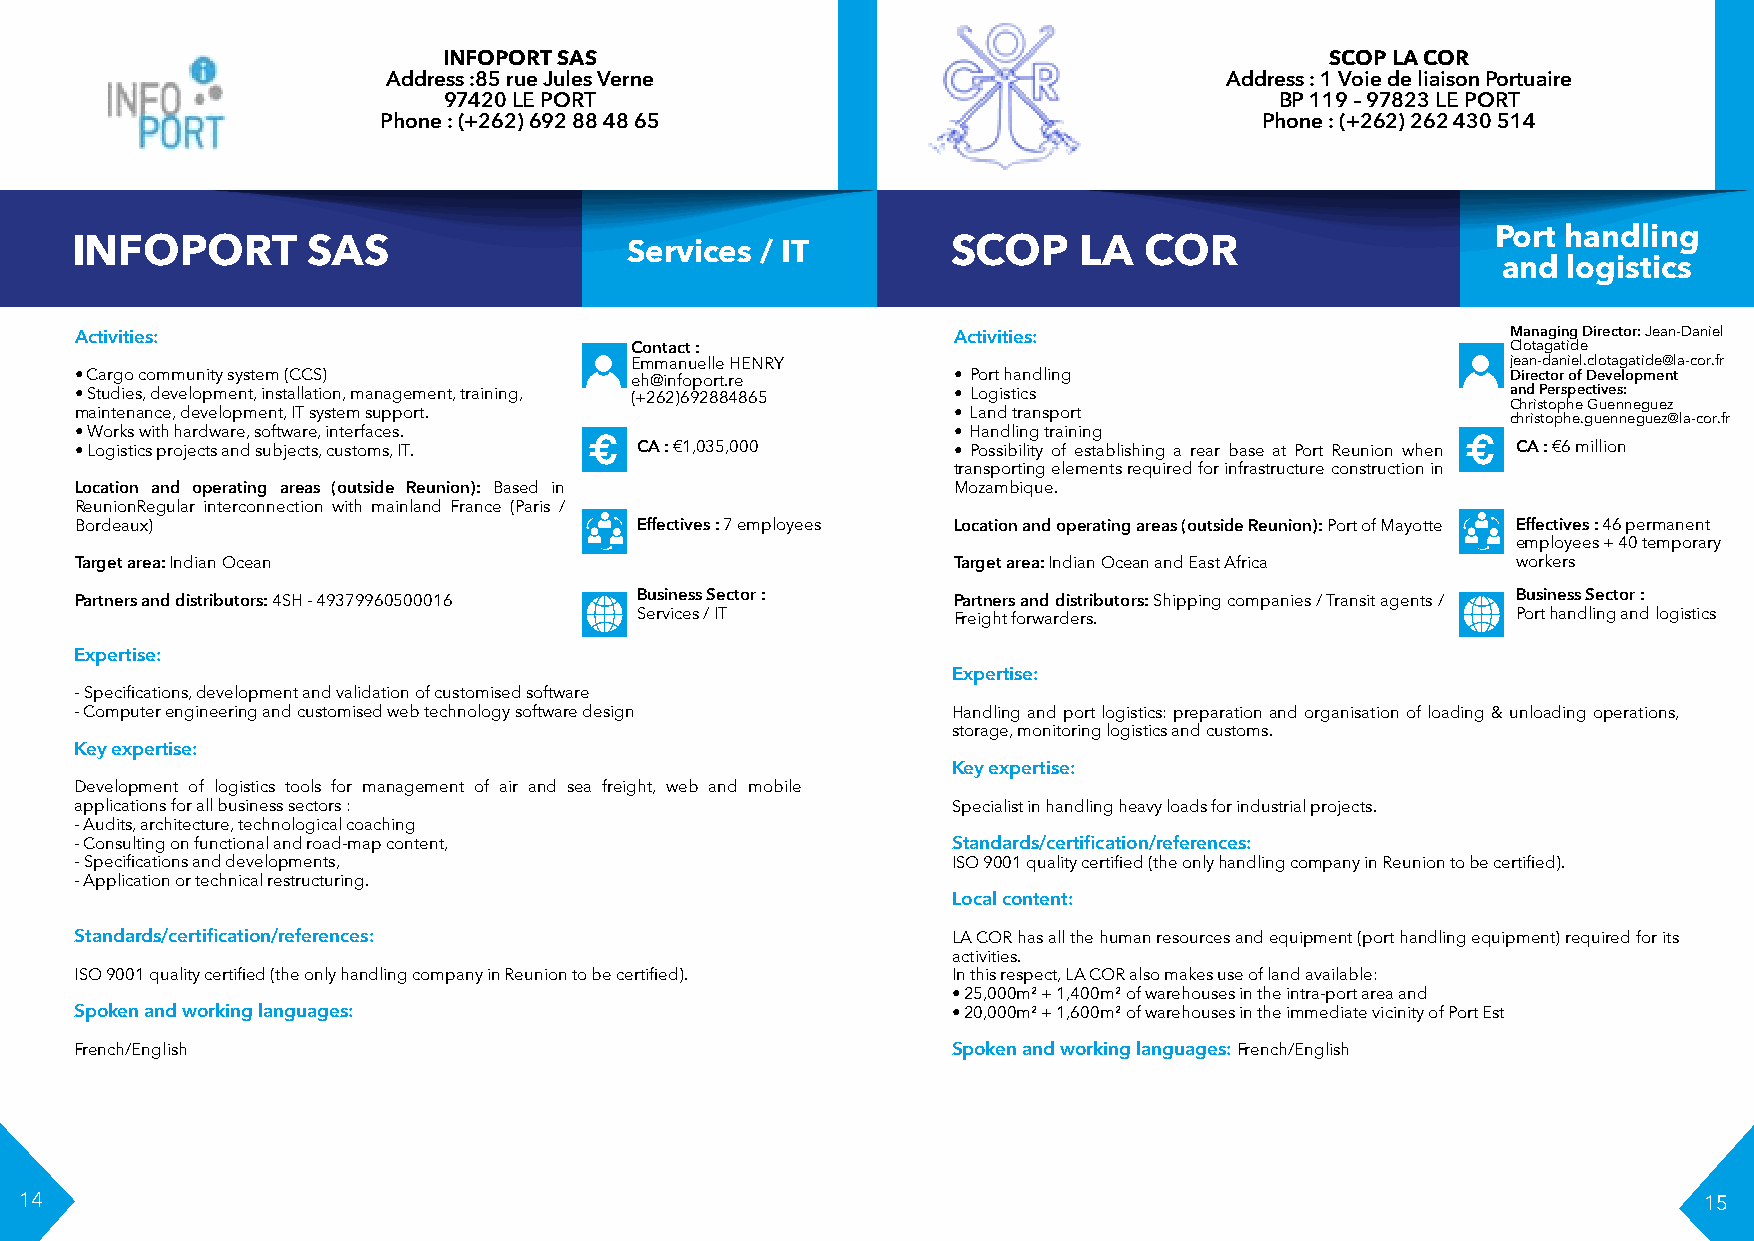
INFOPORT SAS                                               SCOP LA COR
 Address :85 rue Jules Verne                            Address : 1 Voie de liaison Portuaire
 97420 LE PORT                                           BP 119 – 97823 LE PORT
 Phone : (+262) 692 88 48 65                                Phone : (+262) 262 430 514
 Port handling
 INFOPORT       SAS                   Services / IT        SCOP     LA  COR
 and  logistics
 Activities:                                               Activities:                          Managing Director: Jean-Daniel
 Contact :                                                 Clotagatide
 Emmanuelle HENRY                                          jean-daniel.clotagatide@la-cor.fr
 • Cargo community system (CCS)       eh@infoport.re       • Port handling                      Director of Development
 • Studies, development, installation, management, training, (+262)692884865 • Logistics        and Perspectives:
 Christophe Guenneguez
 maintenance, development, IT system support.              • Land transport
 christophe.guenneguez@la-cor.fr
 • Works with hardware, software, interfaces.              • Handling training
 • Logistics projects and subjects, customs, IT. € CA : €1,035,000 • Possibility of establishing a rear base at Port Reunion when € CA : €6 million
 transporting elements required for infrastructure construction in
 Location and operating areas (outside Reunion): Based in  Mozambique.
 ReunionRegular interconnection with mainland France (Paris /
 Bordeaux)                            Effectives : 7 employees Location and operating areas (outside Reunion): Port of Mayotte Effectives : 46 permanent
 employees + 40 temporary
 Target area: Indian Ocean                                 Target area: Indian Ocean and East Africa workers
 Partners and distributors: 4SH - 49379960500016 Business Sector : Partners and distributors: Shipping companies / Transit agents / Business Sector :
 Services / IT        Freight forwarders.                  Port handling and logistics
 Expertise:
 Expertise:
 - Specifications, development and validation of customised software
 - Computer engineering and customised web technology software design Handling and port logistics: preparation and organisation of loading & unloading operations,
 storage, monitoring logistics and customs.
 Key expertise:
 Key expertise:
 Development of logistics tools for management of air and sea freight, web and mobile
 applications for all business sectors :                   Specialist in handling heavy loads for industrial projects.
 - Audits, architecture, technological coaching
 - Consulting on functional and road-map content,          Standards/certification/references:
 - Specifications and developments,                        ISO 9001 quality certified (the only handling company in Reunion to be certified).
 - Application or technical restructuring.
 Local content:
 Standards/certification/references:                       LA COR has all the human resources and equipment (port handling equipment) required for its
 activities.
 ISO 9001 quality certified (the only handling company in Reunion to be certified). In this respect, LA COR also makes use of land available:
 • 25,000m² + 1,400m² of warehouses in the intra-port area and
 Spoken and working languages:                             • 20,000m² + 1,600m² of warehouses in the immediate vicinity of Port Est
 French/English                                            Spoken and working languages: French/English
 14                                                                                                              15